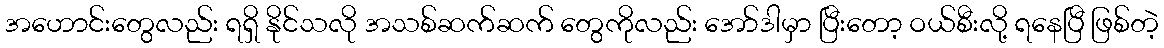
အဟောင်းတွေလည်း ရရှိ နိုင်သလို အသစ်ဆက်ဆက် တွေကိုလည်း အော်ဒါမှာ ပြီးတော့ ဝယ်စီးလို့ ရနေပြီ ဖြစ်တဲ့